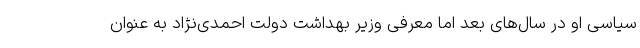
سیاسی او در سال‌های بعد اما معرفی وزیر بهداشت دولت احمدی‌نژاد به عنوان